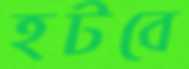
হটবে